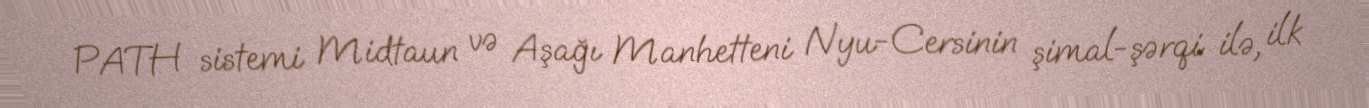
PATH sistemi Midtaun və Aşağı Manhetteni Nyu-Cersinin şimal-şərqi ilə, ilk